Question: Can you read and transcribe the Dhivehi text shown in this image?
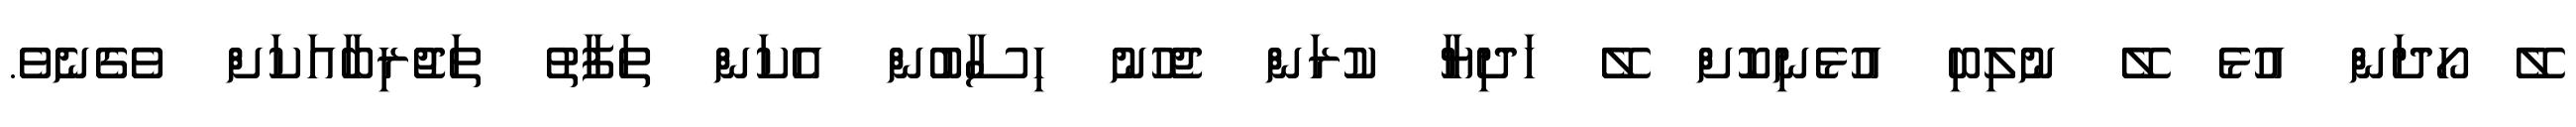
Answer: ލޭ ހޯދަން އުޅެ ލޭ ނުލިބި އުޅެނިކޮށް ލޭ ހަދިޔާ ކުރަން ޖެހުނު ހިސާބުން އެކަން ތަފާތު ތަޖުރިބާއަކަށް ވެގެނެވެ.